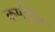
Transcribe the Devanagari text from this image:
कर्णहीन